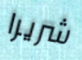
شريرا